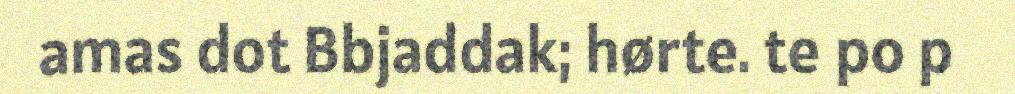
amas dot Bbjaddak; hørte. te po p